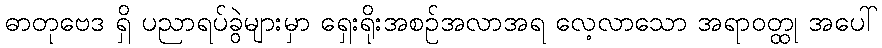
ဓာတုဗေဒ ရှိ ပညာရပ်ခွဲများမှာ ရှေးရိုးအစဉ်အလာအရ လေ့လာသော အရာဝတ္ထု အပေါ်